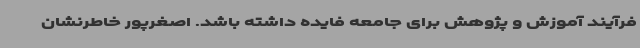
فرآیند آموزش و پژوهش برای جامعه فایده داشته باشد. اصغرپور خاطرنشان